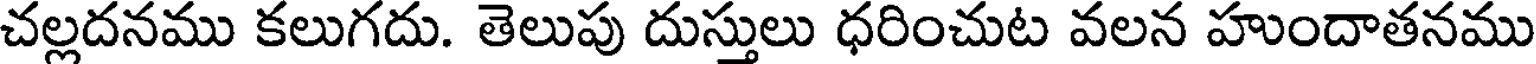
చల్లదనము కలుగదు. తెలుపు దుస్తులు ధరించుట వలన హుందాతనము